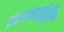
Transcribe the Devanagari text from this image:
प्रश्नांतील